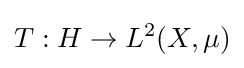
T:H\to L^{2}(X,\mu )